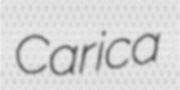
Carica